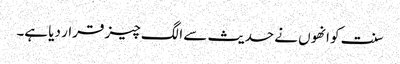
سنت کو انھوں نے حدیث سے الگ چیز قرار دیا ہے۔